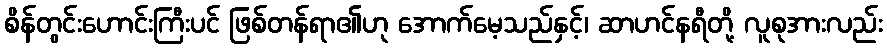
စိန်တွင်းဟောင်းကြီးပင် ဖြစ်တန်ရာ၏ဟု အောက်မေ့သည်နှင့်၊ ဆာဟင်နရီတို့ လူစုအားလည်း